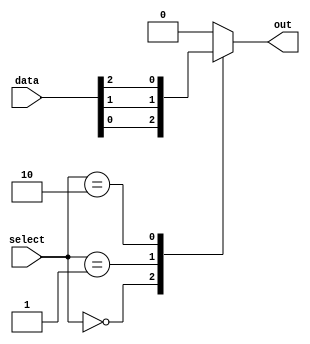
module mux_64_to_1 (
    input [63:0] data,
    input [5:0] select,
    output reg out
);

always @(*) begin
    case (select)
        6'b000000: out = data[0];
        6'b000001: out = data[1];
        6'b000010: out = data[2];
        //continue for all 64 inputs
       default: out = 1'b0; // default to 0 if select is out of range
    endcase
end

endmodule